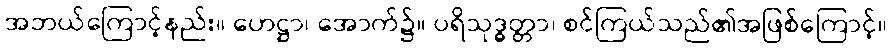
အဘယ်ကြောင့်နည်း။ ဟေဋ္ဌာ၊ အောက်၌။ ပရိသုဒ္ဓတ္တာ၊ စင်ကြယ်သည်၏အဖြစ်ကြောင့်။